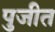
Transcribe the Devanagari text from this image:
पुजीत